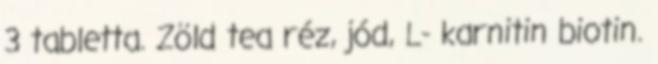
3 tabletta. Zöld tea réz, jód, L- karnitin biotin.